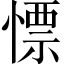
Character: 慓